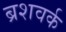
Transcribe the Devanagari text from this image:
ब्रशवर्क